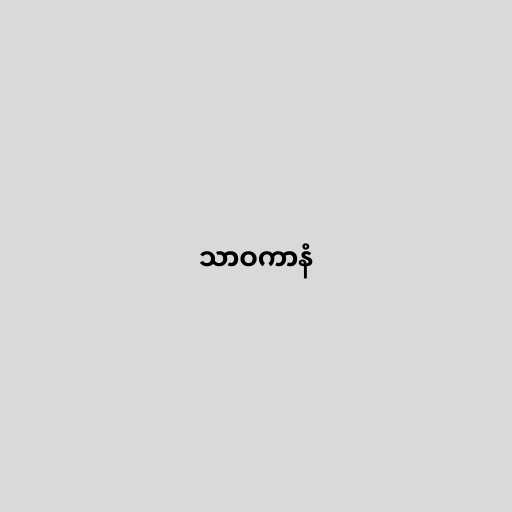
သာဝကာနံ